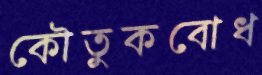
কৌতুকবোধ